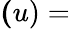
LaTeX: \mathbf{(}u)=